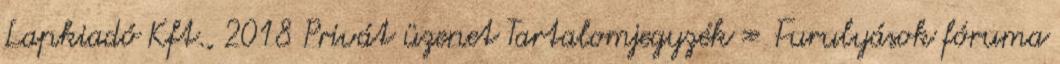
Lapkiadó Kft., 2018 Privát üzenet Tartalomjegyzék » Furulyások fóruma